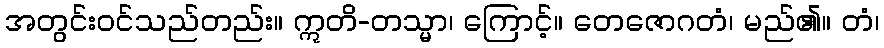
အတွင်းဝင်သည်တည်း။ ဣတိ-တသ္မာ၊ ကြောင့်။ တေဇောဂတံ၊ မည်၏။ တံ၊